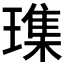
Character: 𪼛